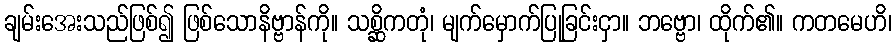
ချမ်းအေးသည်ဖြစ်၍ ဖြစ်သောနိဗ္ဗာန်ကို။ သစ္ဆိကတုံ၊ မျက်မှောက်ပြုခြင်းငှာ။ ဘဗ္ဗော၊ ထိုက်၏။ ကတမေဟိ၊